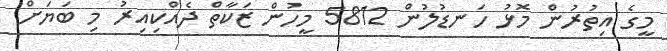
މީގެ އިތުރުން މޮޅު ހަނޑުލުން 5812 މީހުން ޒަކާތް ދެއްކިއިރު މި ބަޔަށް